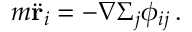
m \ddot { \mathbf { r } } _ { i } = - \nabla \Sigma _ { j } \phi _ { i j } \, .